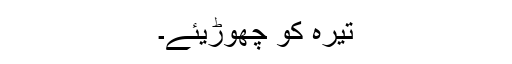
تیرہ کو چھوڑیئے۔